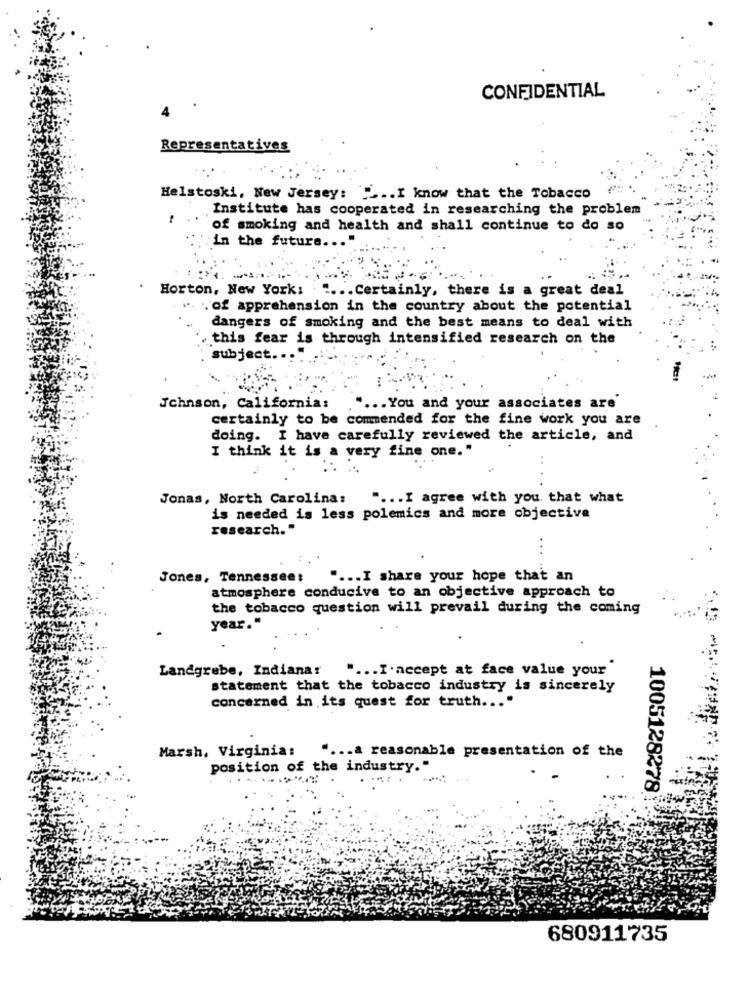
CONFIDENTIAL
Representatives
Helstoski, New Jersey: __.. I know that the Tobacco
Institute has cooperated in researching the problem
of smoking and health and shall continue to do so
in the future ..
Horton, New York:
" ... Certainly, there is a great deal
.. . of apprehension in the country about the potential
dangers of smoking and the best means to deal with
this fear is through intensified research on the
subject ..
Johnson, California:
" ... You and your associates are
certainly to be commended for the fine work you are
doing. I have carefully reviewed the article, and
I think it is a very fine one."
..
Jonas, North Carolina:
" ... I agree with you. that what
is needed is less polemics and more objective
research."
...
Jones, Tennessee:
.... I share your hope that an
atmosphere conducive to an objective approach to
the tobacco question will prevail during the coming
year."
Landgrebe, Indiana: " ... I.accept at face value your
statement that the tobacco industry is sincerely
concerned in its quest for truth ... "
Marsh, Virginia:
" ... a reasonable presentation of the
position of the industry."
1005128278
680911735